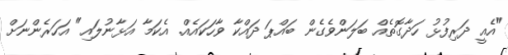
"އެއީ ދަރިފުޅު ހަދާގޮތެއް ބަލަންވެގެން ބައްޕަ ދައްކާ ވާހަކައެއް. އެކަމާ އަޅާނުލައި" އަހަރެންނަށް